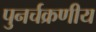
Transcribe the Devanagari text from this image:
पुनर्चक्रणीय